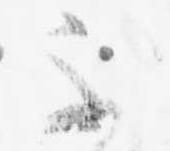
不